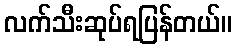
လက်သီးဆုပ်ရပြန်တယ်။